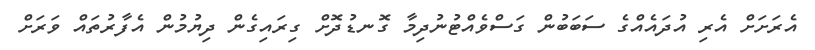
އެރަށަށް އެރި އުދައެއްގެ ސަބަބުން ގަސްވެއްޓުނުދިމާ ގޮނޑުދޮށް ގިރައިގެން ދިޔުމުން އެފާރުތައް ވަރަށް